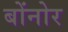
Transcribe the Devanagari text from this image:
बोंनोर